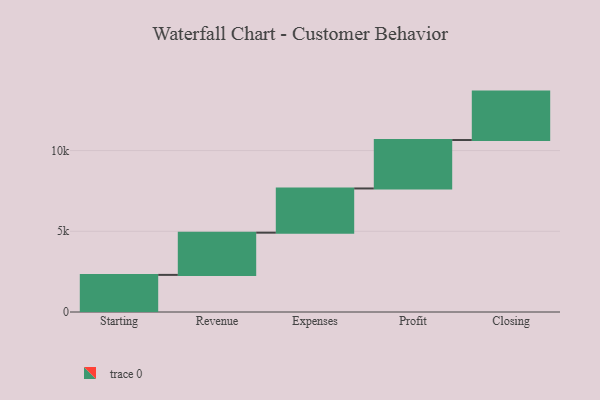
{"axis": {"x": "Step", "y": "Value"}, "legend": [""], "data": [{"x": "Starting", "y": 2299.0, "type": ""}, {"x": "Revenue", "y": 2615.0, "type": ""}, {"x": "Expenses", "y": 2739.0, "type": ""}, {"x": "Profit", "y": 3000, "type": ""}, {"x": "Closing", "y": 3000, "type": ""}]}